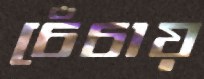
চেঁচায়